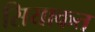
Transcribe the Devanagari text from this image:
सियाकत